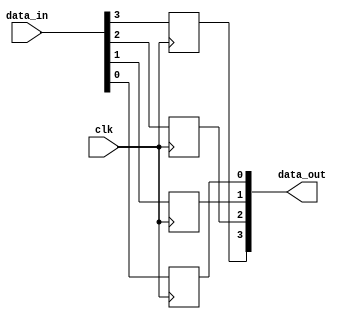
module generate_for_each_example (
  input wire clk,
  input wire [3:0] data_in,
  output reg [3:0] data_out
);

// Generate For Each loop to create 4 instances of a simple flip-flop
genvar i;
generate
  for (i = 0; i < 4; i = i + 1) begin : flip_flop_instance
    always @(posedge clk) begin
      data_out[i] <= data_in[i];
    end
  end
endgenerate

endmodule